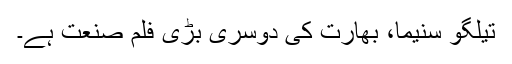
تیلگو سنیما، بھارت کی دوسری بڑی فلم صنعت ہے۔